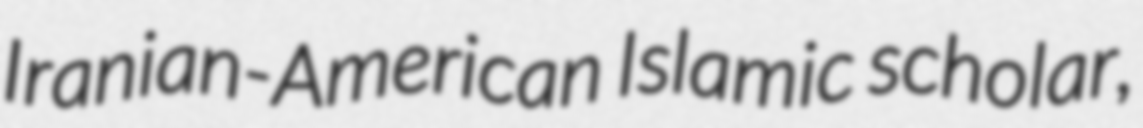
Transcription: Iranian-American Islamic scholar,